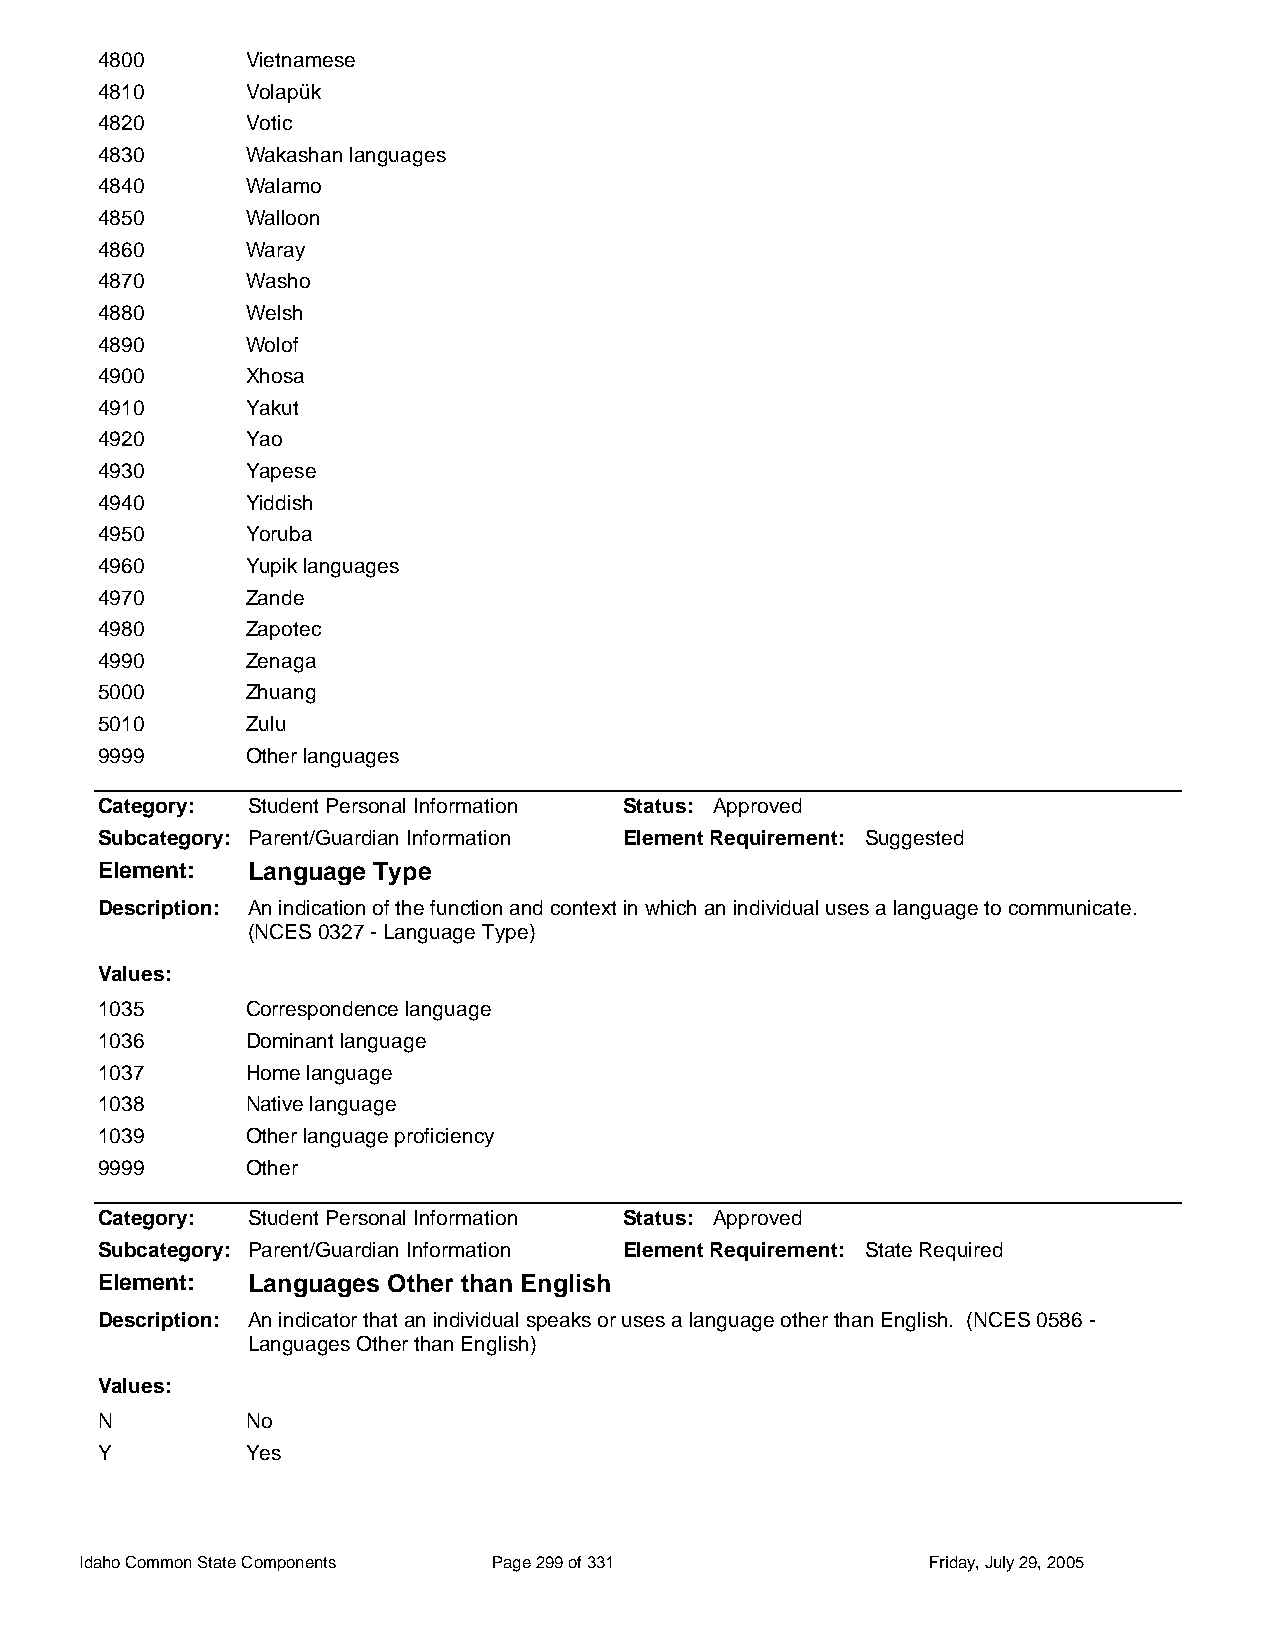
4800      Vietnamese
 4810      Volapük
 4820      Votic
 4830      Wakashan languages
 4840      Walamo
 4850      Walloon
 4860      Waray
 4870      Washo
 4880      Welsh
 4890      Wolof
 4900      Xhosa
 4910      Yakut
 4920      Yao
 4930      Yapese
 4940      Yiddish
 4950      Yoruba
 4960      Yupik languages
 4970      Zande
 4980      Zapotec
 4990      Zenaga
 5000      Zhuang
 5010      Zulu
 9999      Other languages
 Category: Student Personal Information Status: Approved
 Subcategory: Parent/Guardian Information Element Requirement: Suggested
 Element:  Language Type
 Description: An indication of the function and context in which an individual uses a language to communicate.
 (NCES 0327 - Language Type)
 Values:
 1035      Correspondence language
 1036      Dominant language
 1037      Home language
 1038      Native language
 1039      Other language proficiency
 9999      Other
 Category: Student Personal Information Status: Approved
 Subcategory: Parent/Guardian Information Element Requirement: State Required
 Element:  Languages Other than English
 Description: An indicator that an individual speaks or uses a language other than English. (NCES 0586 -
 Languages Other than English)
 Values:
 N         No
 Y         Yes
 Idaho Common State Components Page 299 of 331           Friday, July 29, 2005